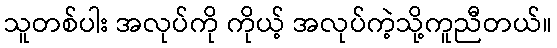
သူတစ်ပါး အလုပ်ကို ကိုယ့် အလုပ်ကဲ့သို့ကူညီတယ်။